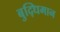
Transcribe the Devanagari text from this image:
बुद्‍धिमान